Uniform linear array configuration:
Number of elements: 48
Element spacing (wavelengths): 0.75
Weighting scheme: cosine
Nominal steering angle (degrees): -15
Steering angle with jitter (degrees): -14.069
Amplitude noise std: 0.05
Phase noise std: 0.05

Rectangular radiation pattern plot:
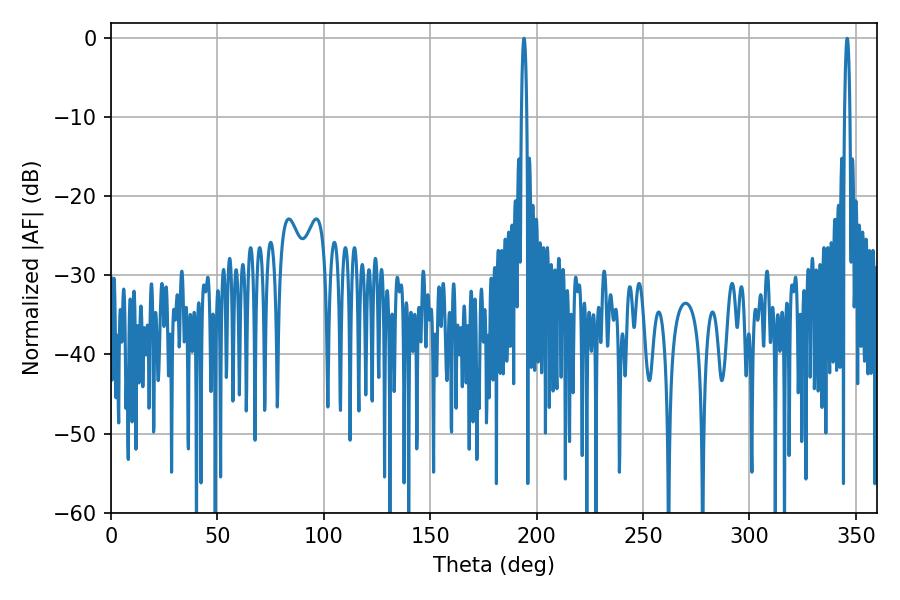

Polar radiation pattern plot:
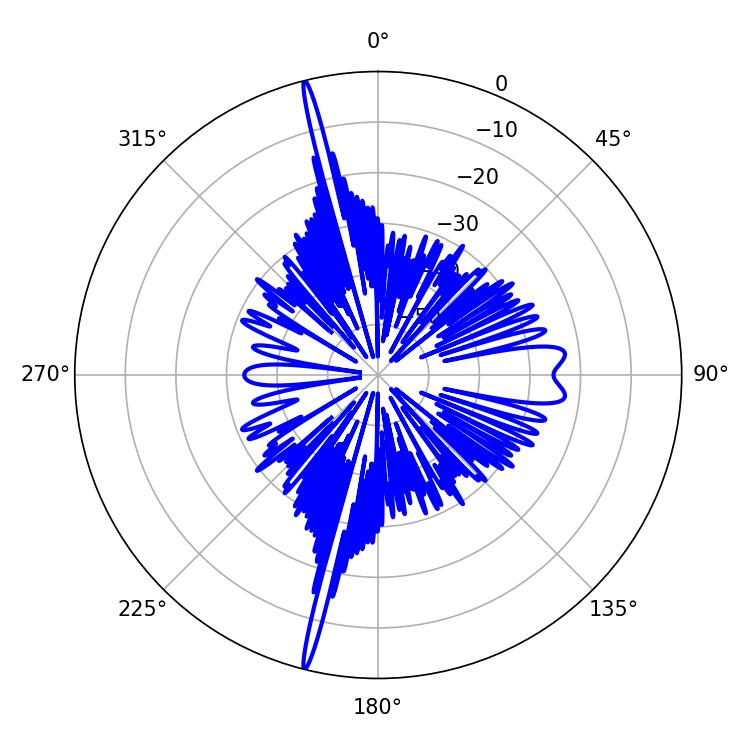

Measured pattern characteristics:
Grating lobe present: TRUE
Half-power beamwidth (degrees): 1.44
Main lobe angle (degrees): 194.04